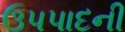
ઉપપાદની